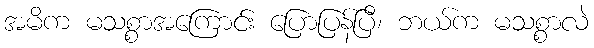
အမိက မသစ္စာအကြောင်း ပြောပြန်ပြီ၊ ဘယ်က မသစ္စာလဲ